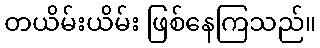
တယိမ်းယိမ်း ဖြစ်နေကြသည်။